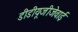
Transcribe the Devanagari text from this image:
डीडीयूजीजेवाई